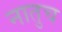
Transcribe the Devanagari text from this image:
नातुच